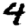
Digit: 4